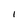
Character: I